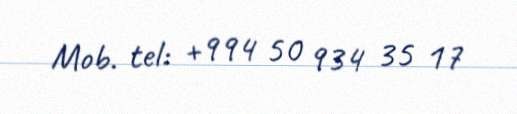
Mob. tel: +994 50 934 35 17